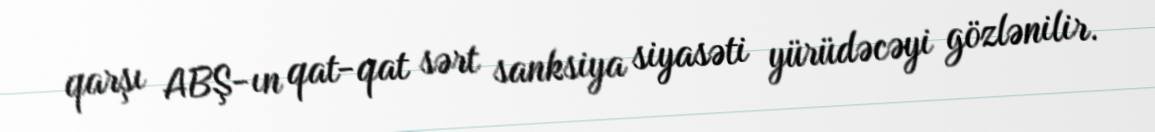
qarşı ABŞ-ın qat-qat sərt sanksiya siyasəti yürüdəcəyi gözlənilir.